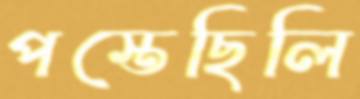
পস্তেছিলি